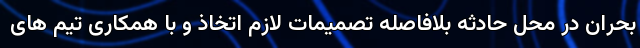
بحران در محل حادثه بلافاصله تصمیمات لازم اتخاذ و با همکاری تیم های